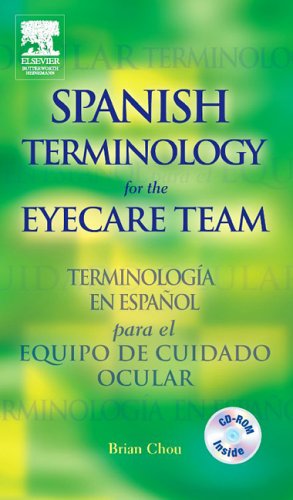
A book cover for Spanish Terminology for the Eyecare Team, 1e; Brian Chou; Medical Books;